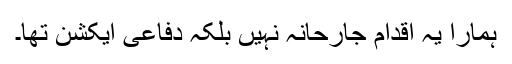
ہمارا یہ اقدام جارحانہ نہیں بلکہ دفاعی ایکشن تھا۔